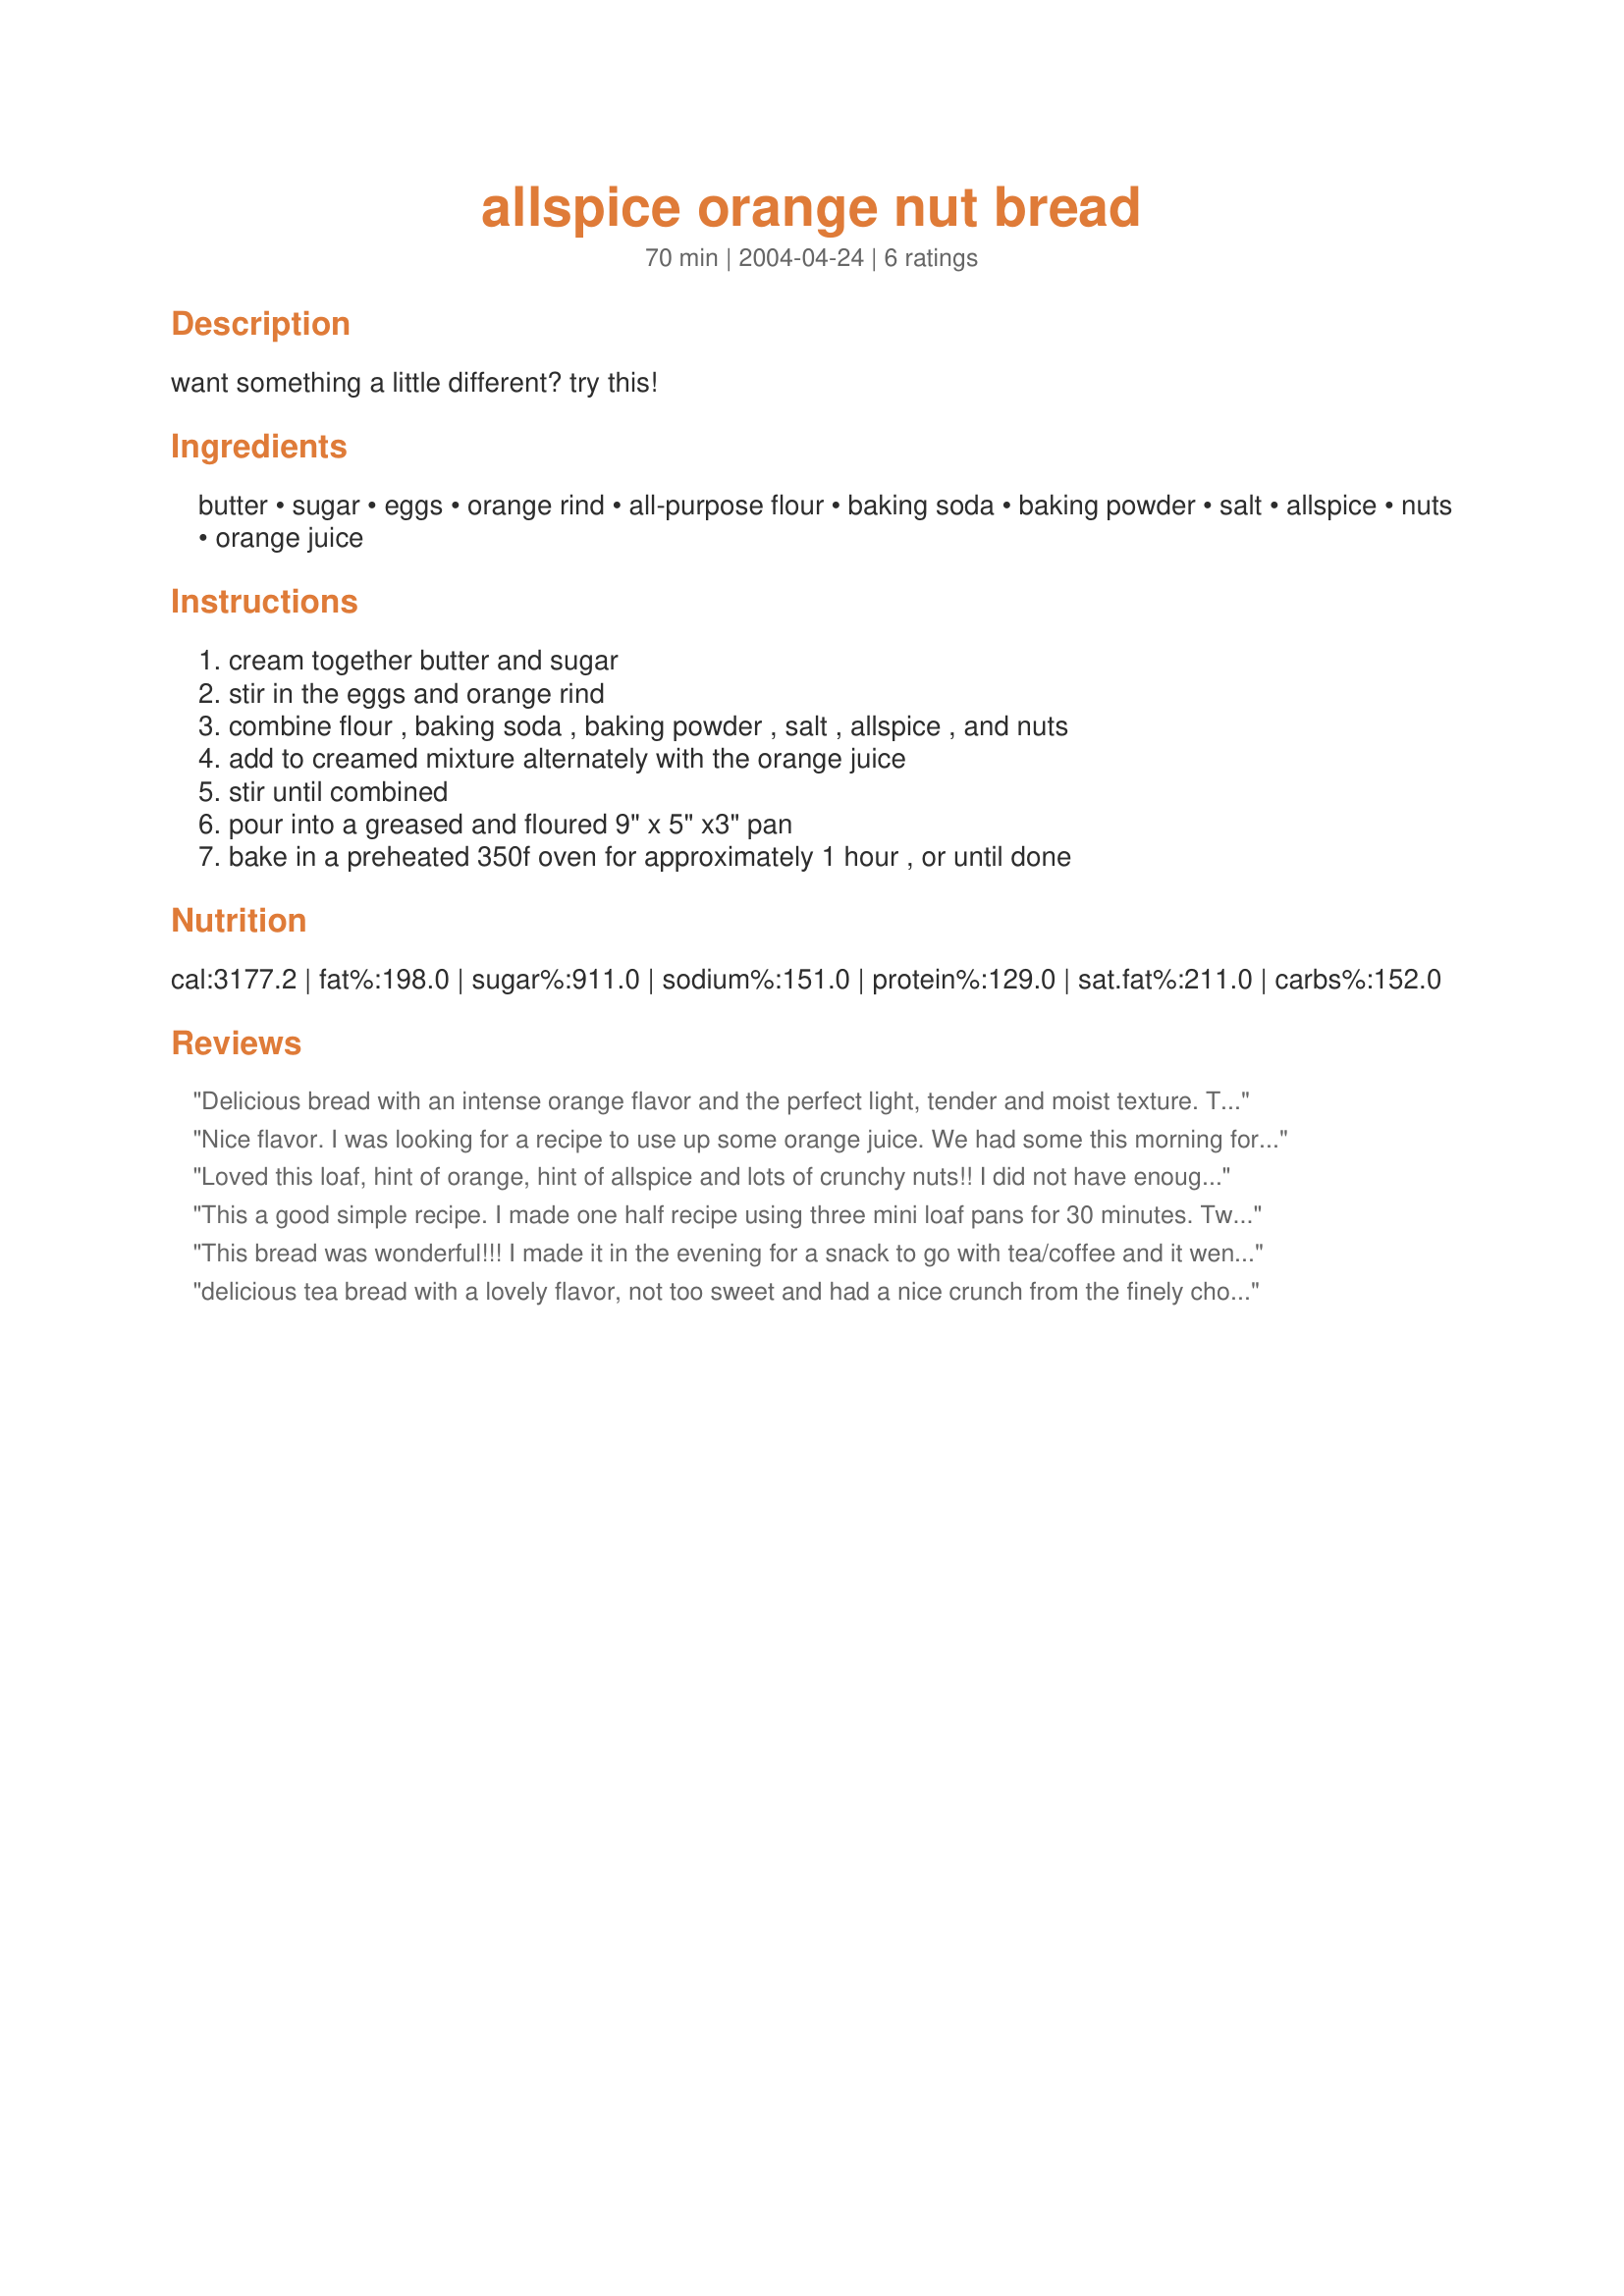
allspice orange nut bread
Preparation time: 70 minutes

want something a little different? try this!

Ingredients:
butter, sugar, eggs, orange rind, all-purpose flour, baking soda, baking powder, salt, allspice, nuts, orange juice

Steps:
cream together butter and sugar, stir in the eggs and orange rind, combine flour , baking soda , baking powder , salt , allspice , and nuts, add to creamed mixture alternately with the orange juice, stir until combined, pour into a greased and floured 9" x 5" x3" pan, bake in a preheated 350f oven for approximately 1 hour , or until done

Reviews:
Delicious bread with an intense orange flavor and the perfect light, tender and moist texture. The allspice added nicely to this- it gave it a subtle spiciness that was detectable, but just as "spice", not overwhelmingly allspice flavored. I used a fresh organic orange for the juice and zest and substituted the white flour with whole wheat pastry flour, the sugar with sucanat and omitted the salt. I used walnuts, which were delicious. A fantastic bread, which baked up big beautiful and absolutely scrumptious. Thanks!
Nice flavor. I was looking for a recipe to use up some orange juice. We had some this morning for breakfast. Nice change from usual breakfast food. I love the allspice flavor. I did omit the grated orange rind. Thanks for the recipe...
Loved this loaf, hint of orange, hint of allspice and lots of crunchy nuts!! I did not have enough orange juice so added a half cup of milk to make a cup of liquid. Definitely will make this again, a delicious and not too sweet bread!
This a good simple recipe. I made one half recipe using three mini loaf pans for 30 minutes. Two of them stuck a bit to the bottom - just a heads up.
This bread was wonderful!!! I made it in the evening for a snack to go with tea/coffee and it went very well. Wonderful recipe, thank you for sharing!
delicious tea bread with a lovely flavor, not too sweet and had a nice crunch from the finely chopped nuts. the only thing i substituted was lemon zest instead of orange, as that's what i had available. clear instructions and the cooking time is right on.
